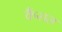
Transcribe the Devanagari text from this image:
कैंसल